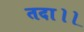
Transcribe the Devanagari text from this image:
तदा।।